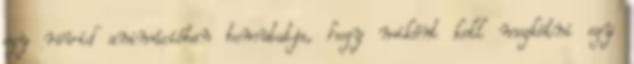
egy rövid animációban bemutatja, hogy miként kell megkötni egy